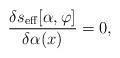
LaTeX: \begin{align*}{\delta s_{\rm eff}[\alpha,\varphi]\over\delta\alpha (x)} =0,\end{align*}